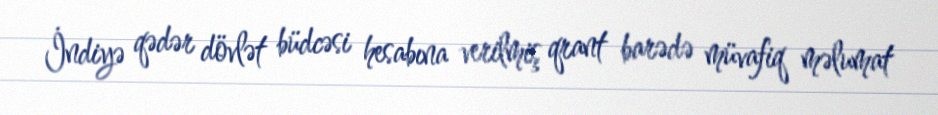
İndiyə qədər dövlət büdcəsi hesabına verilmiş qrant barədə müvafiq məlumat